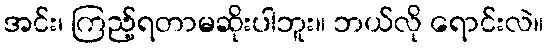
အင်း၊ ကြည့်ရတာမဆိုးပါဘူး။ ဘယ်လို ရောင်းလဲ။